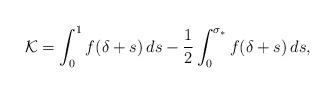
LaTeX: \begin{align*}\mathcal K = \int_0^1f(\delta+s)\, ds -\frac 12 \int_0^{\sigma_*} f(\delta+s)\, ds, \end{align*}